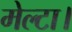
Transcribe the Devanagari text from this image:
मेल्टा।